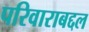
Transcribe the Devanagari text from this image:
परिवाराबद्दल